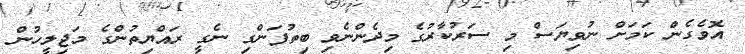
އޮވެގެން ކަމަށް ނުވިޔަސް މި ސަރުކާރުގެ މިދެންނެވި ބިތުފަންގި ނެގީ ރައްޔިތުންގެ މަޖިލީހުން